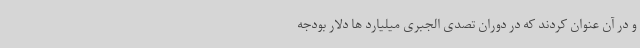
و در آن عنوان کردند که در دوران تصدی الجبری میلیارد ها دلار بودجه